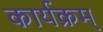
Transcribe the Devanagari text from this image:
कार्यक्रम्